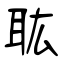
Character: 耾